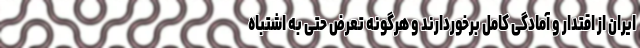
ایران از اقتدار و آمادگی کامل برخوردارند و هرگونه تعرض حتی به اشتباه